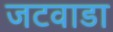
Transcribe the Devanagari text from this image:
जटवाडा